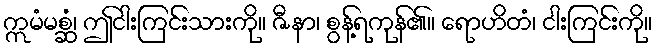
ဣမံမစ္ဆံ၊ ဤငါးကြင်းသားကို။ ဇီနာ၊ စွန့်ရကုန်၏။ ရောဟိတံ၊ ငါးကြင်းကို။